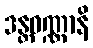
ဒန္တဝဏ္ဏာနိ